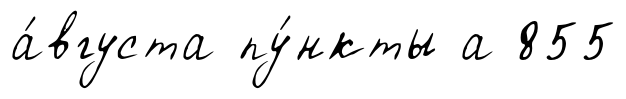
а́вгуста пу́нкты а 855